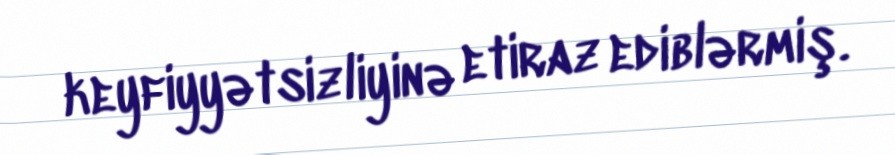
keyfiyyətsizliyinə etiraz ediblərmiş.